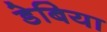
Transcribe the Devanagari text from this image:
डेबिया